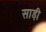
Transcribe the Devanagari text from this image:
साडी़